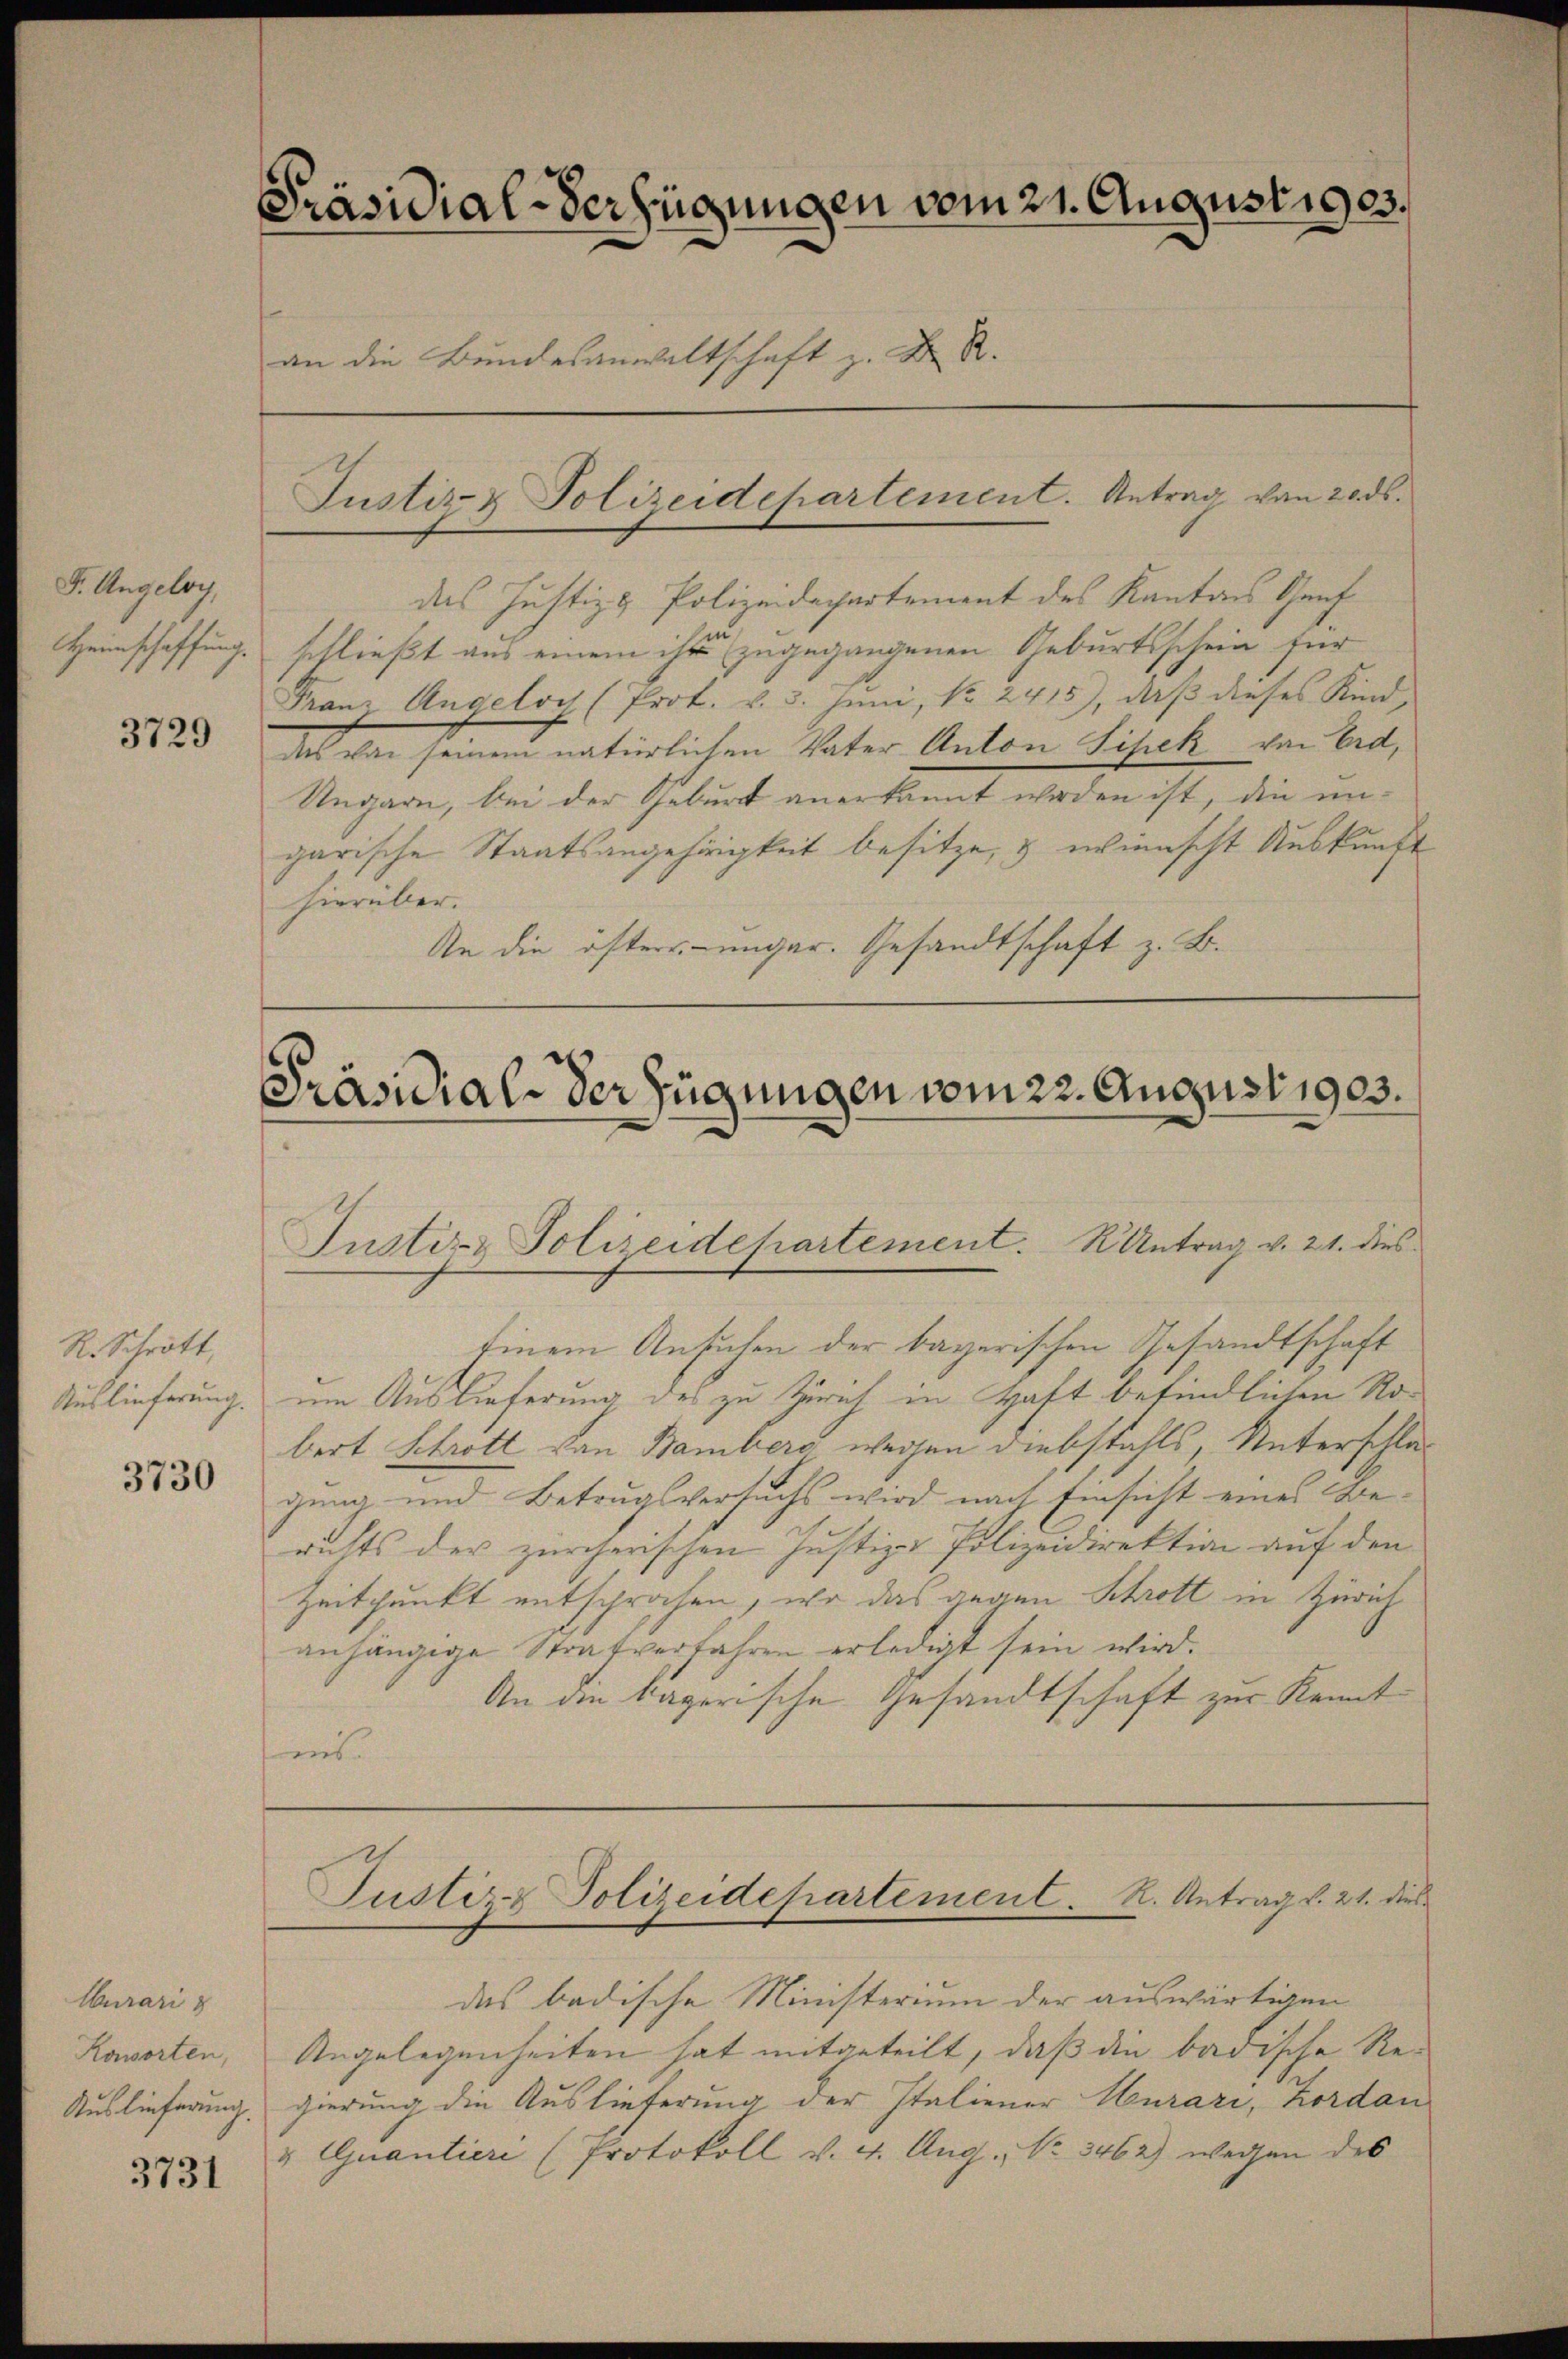
F. Angeloy,
Heinschaffung.

3729

R. Schrött
Auslieferung. |

3730

Wuraris
Koworten,
Auslieferung.

3731

Präsidial-Verfügungen vom 21. August 1903.
an die Bundesanwaltschaft z. R.

des Justiz & Polizeidechartement des Kantons Genf
schließt aus einem ihr zugegangenen Geburtsschein für
Franz Angeloch (Prot. v. 3. Juni, No. 2415), daß dieses Kind,
das von seinem natürlichen Vater Anton Sipek von Bett,
Ungarn, bei der Geburt anerkannt werden ist, die ungarische Staatsangehörigkeit besitze, & wünscht Auskunft
hierüber.
An die öfter ungar. Gesandtschaft z. B.

Justiz & Polizeidepartement. Antrag von 20. ds.

Präsidial-Verfügungen vom 22. August 1903.
Justiz & Polizeidehartement. K. Antrag v. 21. dies

Einem Ansuchen der bayerischen Gesandtschaft
um Auslieferung des zu Zürich in Haft befindlichen Robert Schrott von Bamberg wegen Diebstahls, Unterschlagung und Betrugsversuchs wird nach Einsicht eines Be-
richts der zürcherischen Justiz- Polizeidirektion auf den
Zeitpunkt entsprochen, wo das gegen Schrott in Zürich
anhängige Strafverfahren erledigt sein wird.
An die tagerische Gesandtschaft zur Kennt
uns

Justiz & Polizeidepartement. R. Antrag v. 21. dies

das badische Ministerium der auswärtigen
Angelegenheiten hat mitgeteilt, daß die badische Re-
gierung die Auslieferung der Italiener Murari, Zordan
& Quantier (Protokoll v. 4. Aug. No 3462) wegen des